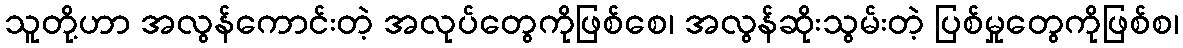
သူတို့ဟာ အလွန်ကောင်းတဲ့ အလုပ်တွေကိုဖြစ်စေ၊ အလွန်ဆိုးသွမ်းတဲ့ ပြစ်မှုတွေကိုဖြစ်စ၊